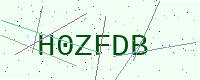
Text: H0ZFDB